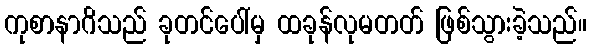
ကုစာနာဂိသည် ခုတင်ပေါ်မှ ထခုန်လုမတတ် ဖြစ်သွားခဲ့သည်။